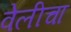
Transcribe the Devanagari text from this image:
वेलीचा